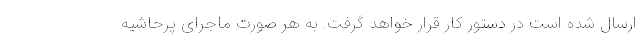
ارسال شده است در دستور کار قرار خواهد گرفت. به هر صورت ماجرای پرحاشیه